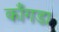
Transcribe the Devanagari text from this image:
काँगडा